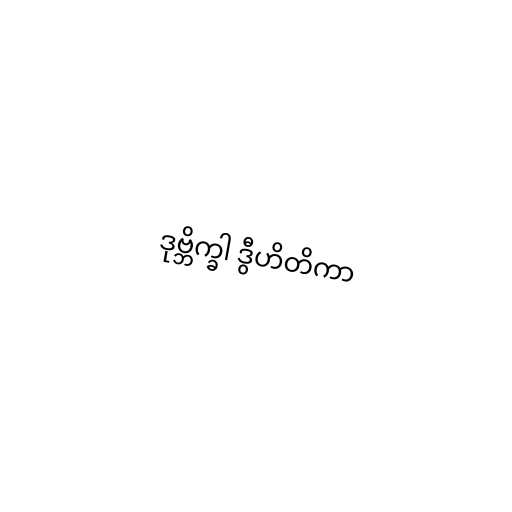
ဒုဗ္ဘိက္ခါ ဒွီဟိတိကာ